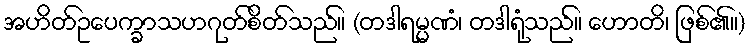
အဟိတ်ဥပေက္ခာသဟဂုတ်စိတ်သည်။ (တဒါရမ္မဏံ၊ တဒါရုံသည်။ ဟောတိ၊ ဖြစ်၏။)